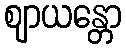
ဈာယန္တော